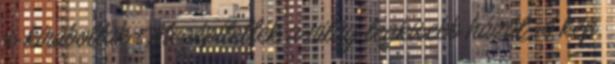
is kiraboltak Megépítették a világ legkisebb házát A kép,